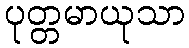
ပုတ္တမာယုသာ